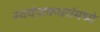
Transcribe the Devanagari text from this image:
स्वयंपाकघरांमध्ये